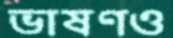
ভাষণও